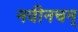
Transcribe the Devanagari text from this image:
नवीनचन्